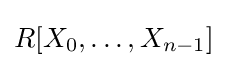
R[X_{0},\dotsc ,X_{n-1}]